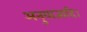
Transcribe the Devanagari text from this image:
अनुयाजादि।